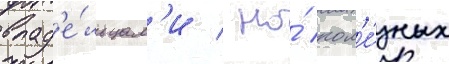
влад'е́льцам'и / но́ пол'е́зных